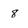
Character: 8